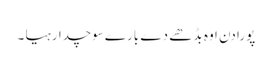
پورا دن اوہ بڈھے دے بارے سوچدا رہیا ۔